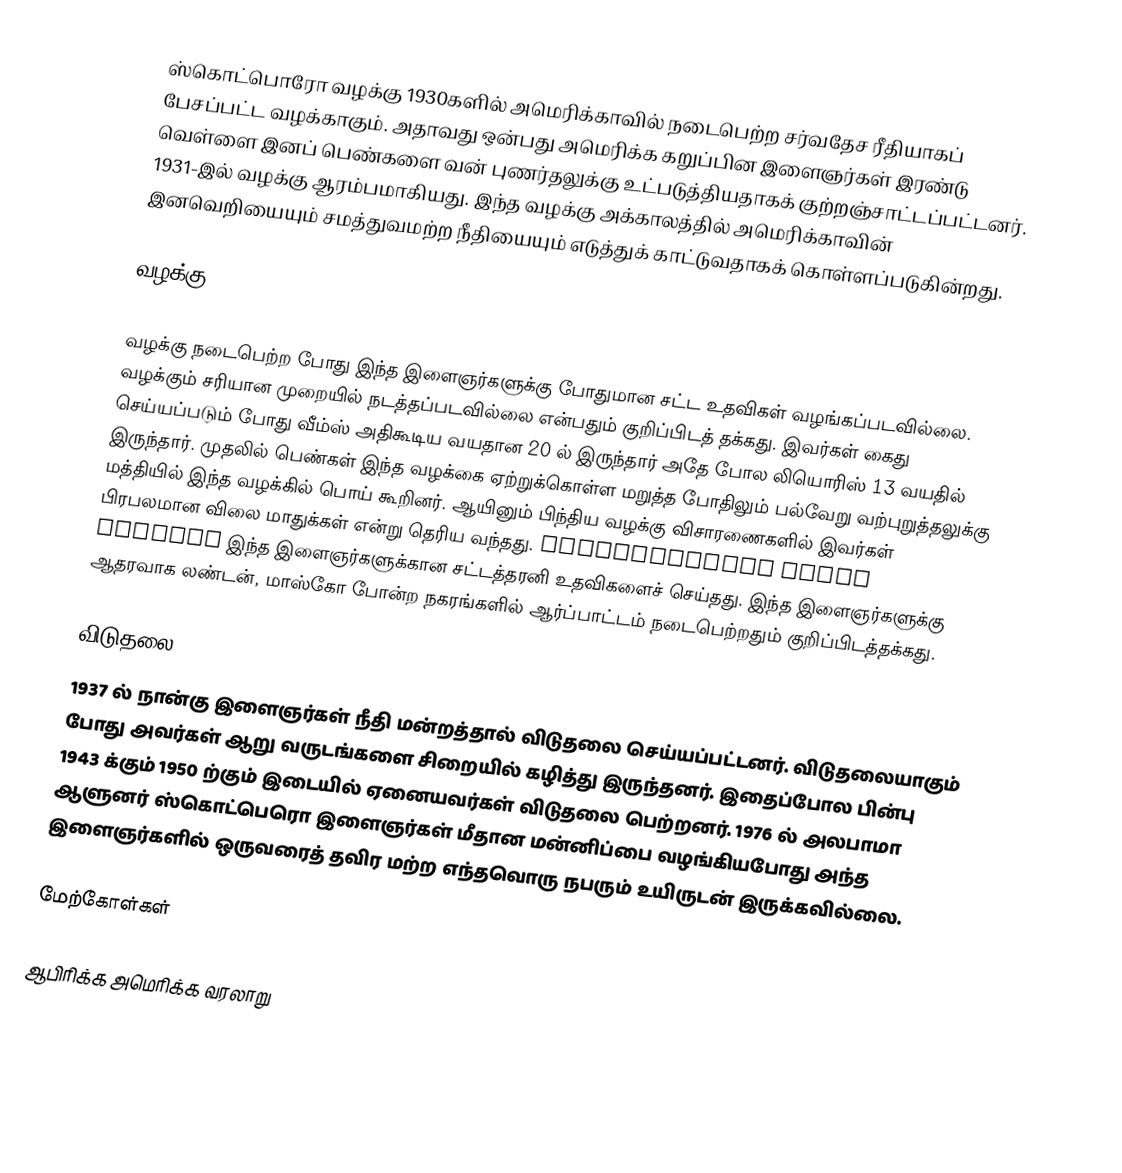
ஸ்கொட்பொரோ வழக்கு 1930களில் அமெரிக்காவில் நடைபெற்ற சர்வதேச ரீதியாகப் பேசப்பட்ட வழக்காகும். அதாவது ஒன்பது அமெரிக்க கறுப்பின இளைஞர்கள் இரண்டு வெள்ளை இனப் பெண்களை வன் புணர்தலுக்கு உட்படுத்தியதாகக் குற்றஞ்சாட்டப்பட்டனர். 1931-இல் வழக்கு ஆரம்பமாகியது. இந்த வழக்கு அக்காலத்தில் அமெரிக்காவின் இனவெறியையும் சமத்துவமற்ற நீதியையும் எடுத்துக் காட்டுவதாகக் கொள்ளப்படுகின்றது.

வழக்கு

வழக்கு நடைபெற்ற போது இந்த இளைஞர்களுக்கு போதுமான சட்ட உதவிகள் வழங்கப்படவில்லை. வழக்கும் சரியான முறையில் நடத்தப்படவில்லை என்பதும் குறிப்பிடத் தக்கது. இவர்கள் கைது செய்யப்படும் போது வீம்ஸ் அதிகூடிய வயதான 20 ல் இருந்தார் அதே போல லியொரிஸ் 13 வயதில் இருந்தார். முதலில் பெண்கள் இந்த வழக்கை ஏற்றுக்கொள்ள மறுத்த போதிலும் பல்வேறு வற்புறுத்தலுக்கு மத்தியில் இந்த வழக்கில் பொய் கூறினர். ஆயினும் பிந்திய வழக்கு விசாரணைகளில் இவர்கள் பிரபலமான விலை மாதுக்கள் என்று தெரிய வந்தது. International Labor Defense இந்த இளைஞர்களுக்கான சட்டத்தரனி உதவிகளைச் செய்தது. இந்த இளைஞர்களுக்கு ஆதரவாக லண்டன், மாஸ்கோ போன்ற நகரங்களில் ஆர்ப்பாட்டம் நடைபெற்றதும் குறிப்பிடத்தக்கது.

விடுதலை
1937 ல் நான்கு இளைஞர்கள் நீதி மன்றத்தால் விடுதலை செய்யப்பட்டனர். விடுதலையாகும் போது அவர்கள் ஆறு வருடங்களை சிறையில் கழித்து இருந்தனர். இதைப்போல பின்பு 1943 க்கும் 1950 ற்கும் இடையில் ஏனையவர்கள் விடுதலை பெற்றனர். 1976 ல் அலபாமா ஆளுனர் ஸ்கொட்பெரொ இளைஞர்கள் மீதான மன்னிப்பை வழங்கியபோது அந்த இளைஞர்களில் ஒருவரைத் தவிர மற்ற எந்தவொரு நபரும் உயிருடன் இருக்கவில்லை.

மேற்கோள்கள்

ஆபிரிக்க அமெரிக்க வரலாறு